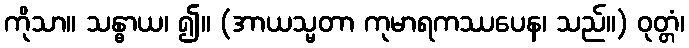
ကိုသာ။ သန္ဓာယ၊ ၍။ (အာယသ္မတာ ကုမာရကဿပေန၊ သည်။) ဝုတ္တံ၊